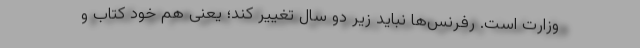
وزارت است. رفرنس‌ها نباید زیر دو سال تغییر کند؛ یعنی هم خود کتاب و